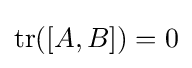
\operatorname {tr} ([A,B])=0